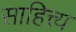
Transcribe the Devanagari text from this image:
साहित्त्य